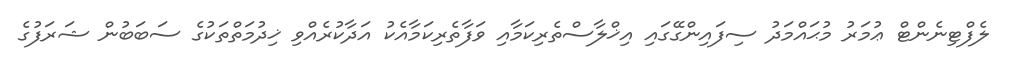
ލެފްޓިނެންޓް ޢުމަރު މުޙައްމަދު ސިފައިންގޭގައި އިޚްލާސްތެރިކަމާއި ވަފާތެރިކަމާއެކު އަދާކުރެއްވި ޚިދުމަތްތަކުގެ ސަބަބުން ޝަރަފުގެ